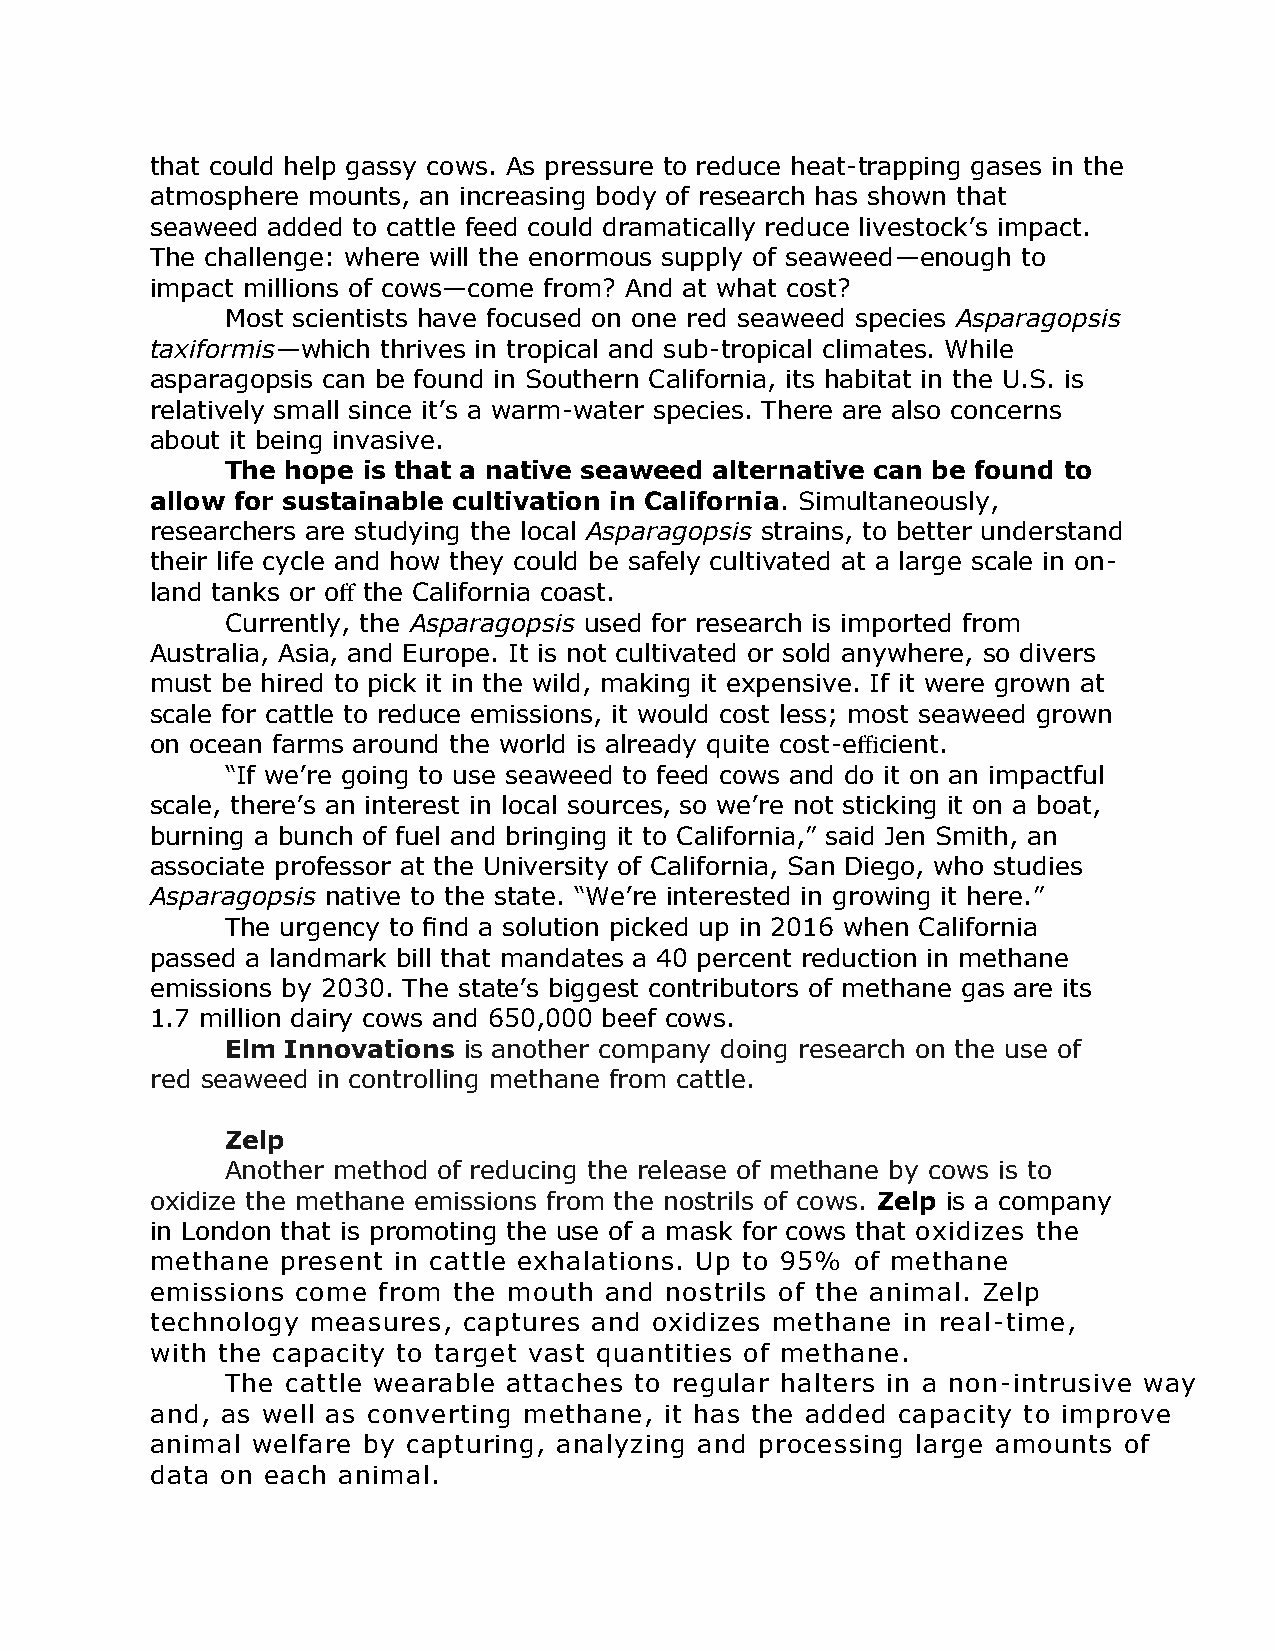
that could help gassy cows. As pressure to reduce heat-trapping gases in the
 atmosphere mounts, an increasing body of research has shown that
 seaweed added to cattle feed could dramatically reduce livestock’s impact.
 The challenge: where will the enormous supply of seaweed—enough to
 impact millions of cows—come from? And at what cost?
 Most scientists have focused on one red seaweed species Asparagopsis
 taxiformis—which thrives in tropical and sub-tropical climates. While
 asparagopsis can be found in Southern California, its habitat in the U.S. is
 relatively small since it’s a warm-water species. There are also concerns
 about it being invasive.
 The hope is that a native seaweed alternative can be found to
 allow for sustainable cultivation in California. Simultaneously,
 researchers are studying the local Asparagopsis strains, to better understand
 their life cycle and how they could be safely cultivated at a large scale in on-
 land tanks or off the California coast.
 Currently, the Asparagopsis used for research is imported from
 Australia, Asia, and Europe. It is not cultivated or sold anywhere, so divers
 must be hired to pick it in the wild, making it expensive. If it were grown at
 scale for cattle to reduce emissions, it would cost less; most seaweed grown
 on ocean farms around the world is already quite cost-efficient.
 “If we’re going to use seaweed to feed cows and do it on an impactful
 scale, there’s an interest in local sources, so we’re not sticking it on a boat,
 burning a bunch of fuel and bringing it to California,” said Jen Smith, an
 associate professor at the University of California, San Diego, who studies
 Asparagopsis native to the state. “We’re interested in growing it here.”
 The urgency to find a solution picked up in 2016 when California
 passed a landmark bill that mandates a 40 percent reduction in methane
 emissions by 2030. The state’s biggest contributors of methane gas are its
 1.7 million dairy cows and 650,000 beef cows.
 Elm Innovations is another company doing research on the use of
 red seaweed in controlling methane from cattle.
 Zelp
 Another method of reducing the release of methane by cows is to
 oxidize the methane emissions from the nostrils of cows. Zelp is a company
 in London that is promoting the use of a mask for cows that oxidizes the
 methane  present in cattle exhalations. Up to 95% of methane
 emissions come from the mouth and nostrils of the animal. Zelp
 technology measures, captures and oxidizes methane in real-time,
 with the capacity to target vast quantities of methane.
 The cattle wearable attaches to regular halters in a non-intrusive way
 and, as well as converting methane, it has the added capacity to improve
 animal welfare by capturing, analyzing and processing large amounts of
 data on each animal.